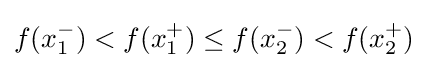
f(x_{1}^{-})<f(x_{1}^{+})\leq f(x_{2}^{-})<f(x_{2}^{+})